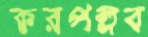
করপল্লব